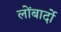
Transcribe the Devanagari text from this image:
लोंबार्दो